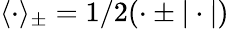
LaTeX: \langle\cdot\rangle_{\pm}=1/2(\cdot\pm|\cdot|)